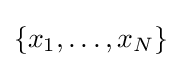
\{x_{1},\ldots ,x_{N}\}